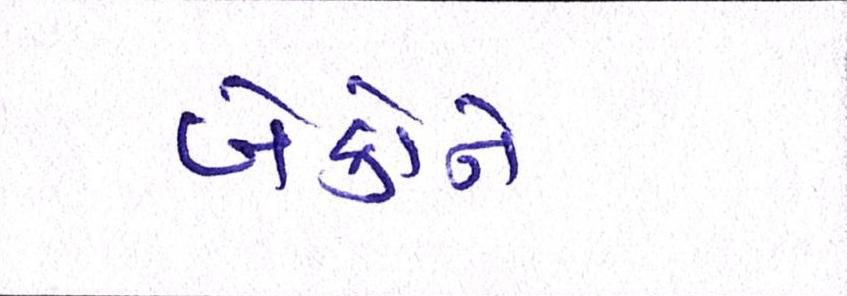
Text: બેંકોને